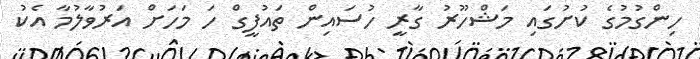
ހިންގުމުގެ ކުށުގައި މަޝްހޫރު ގާރީ ހުސައިން ތައުފީގް ހަ މަހަށް އަރުވާލުމާ އެކު